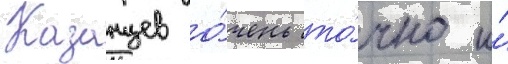
Казанцев о́чень то́чно и́